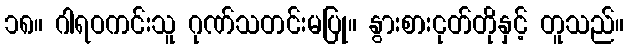
၁၈။ ဂါရဝကင်းသူ ဂုဏ်သတင်းမပြု။ နွားစားငုတ်တိုနှင့် တူသည်။